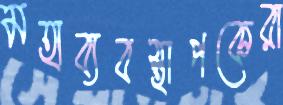
মহাব্যবস্থাপকেরা